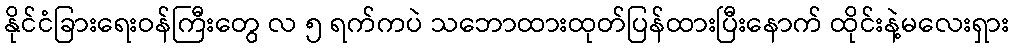
နိုင်ငံခြားရေးဝန်ကြီးတွေ လ ၅ ရက်ကပဲ သဘောထားထုတ်ပြန်ထားပြီးနောက် ထိုင်းနဲ့မလေးရှား